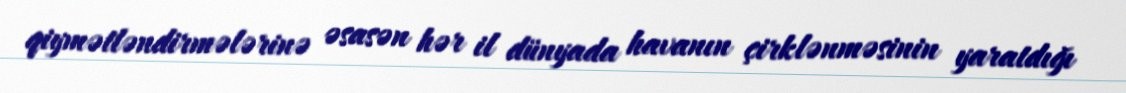
qiymətləndirmələrinə əsasən hər il dünyada havanın çirklənməsinin yaratdığı